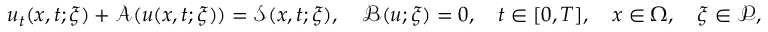
u _ { t } ( \boldsymbol { x } , t ; \boldsymbol { \xi } ) + \mathcal { A } ( u ( \boldsymbol { x } , t ; \boldsymbol { \xi } ) ) = \mathcal { S } ( \boldsymbol { x } , t ; \boldsymbol { \xi } ) , \quad \mathcal { B } ( u ; \boldsymbol { \xi } ) = 0 , \quad t \in [ 0 , T ] , \quad \boldsymbol { x } \in \Omega , \quad \boldsymbol { \xi } \in \mathcal { P } ,